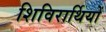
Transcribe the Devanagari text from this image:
शिविरार्थियों